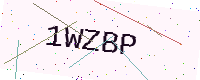
Text: 1WZBP